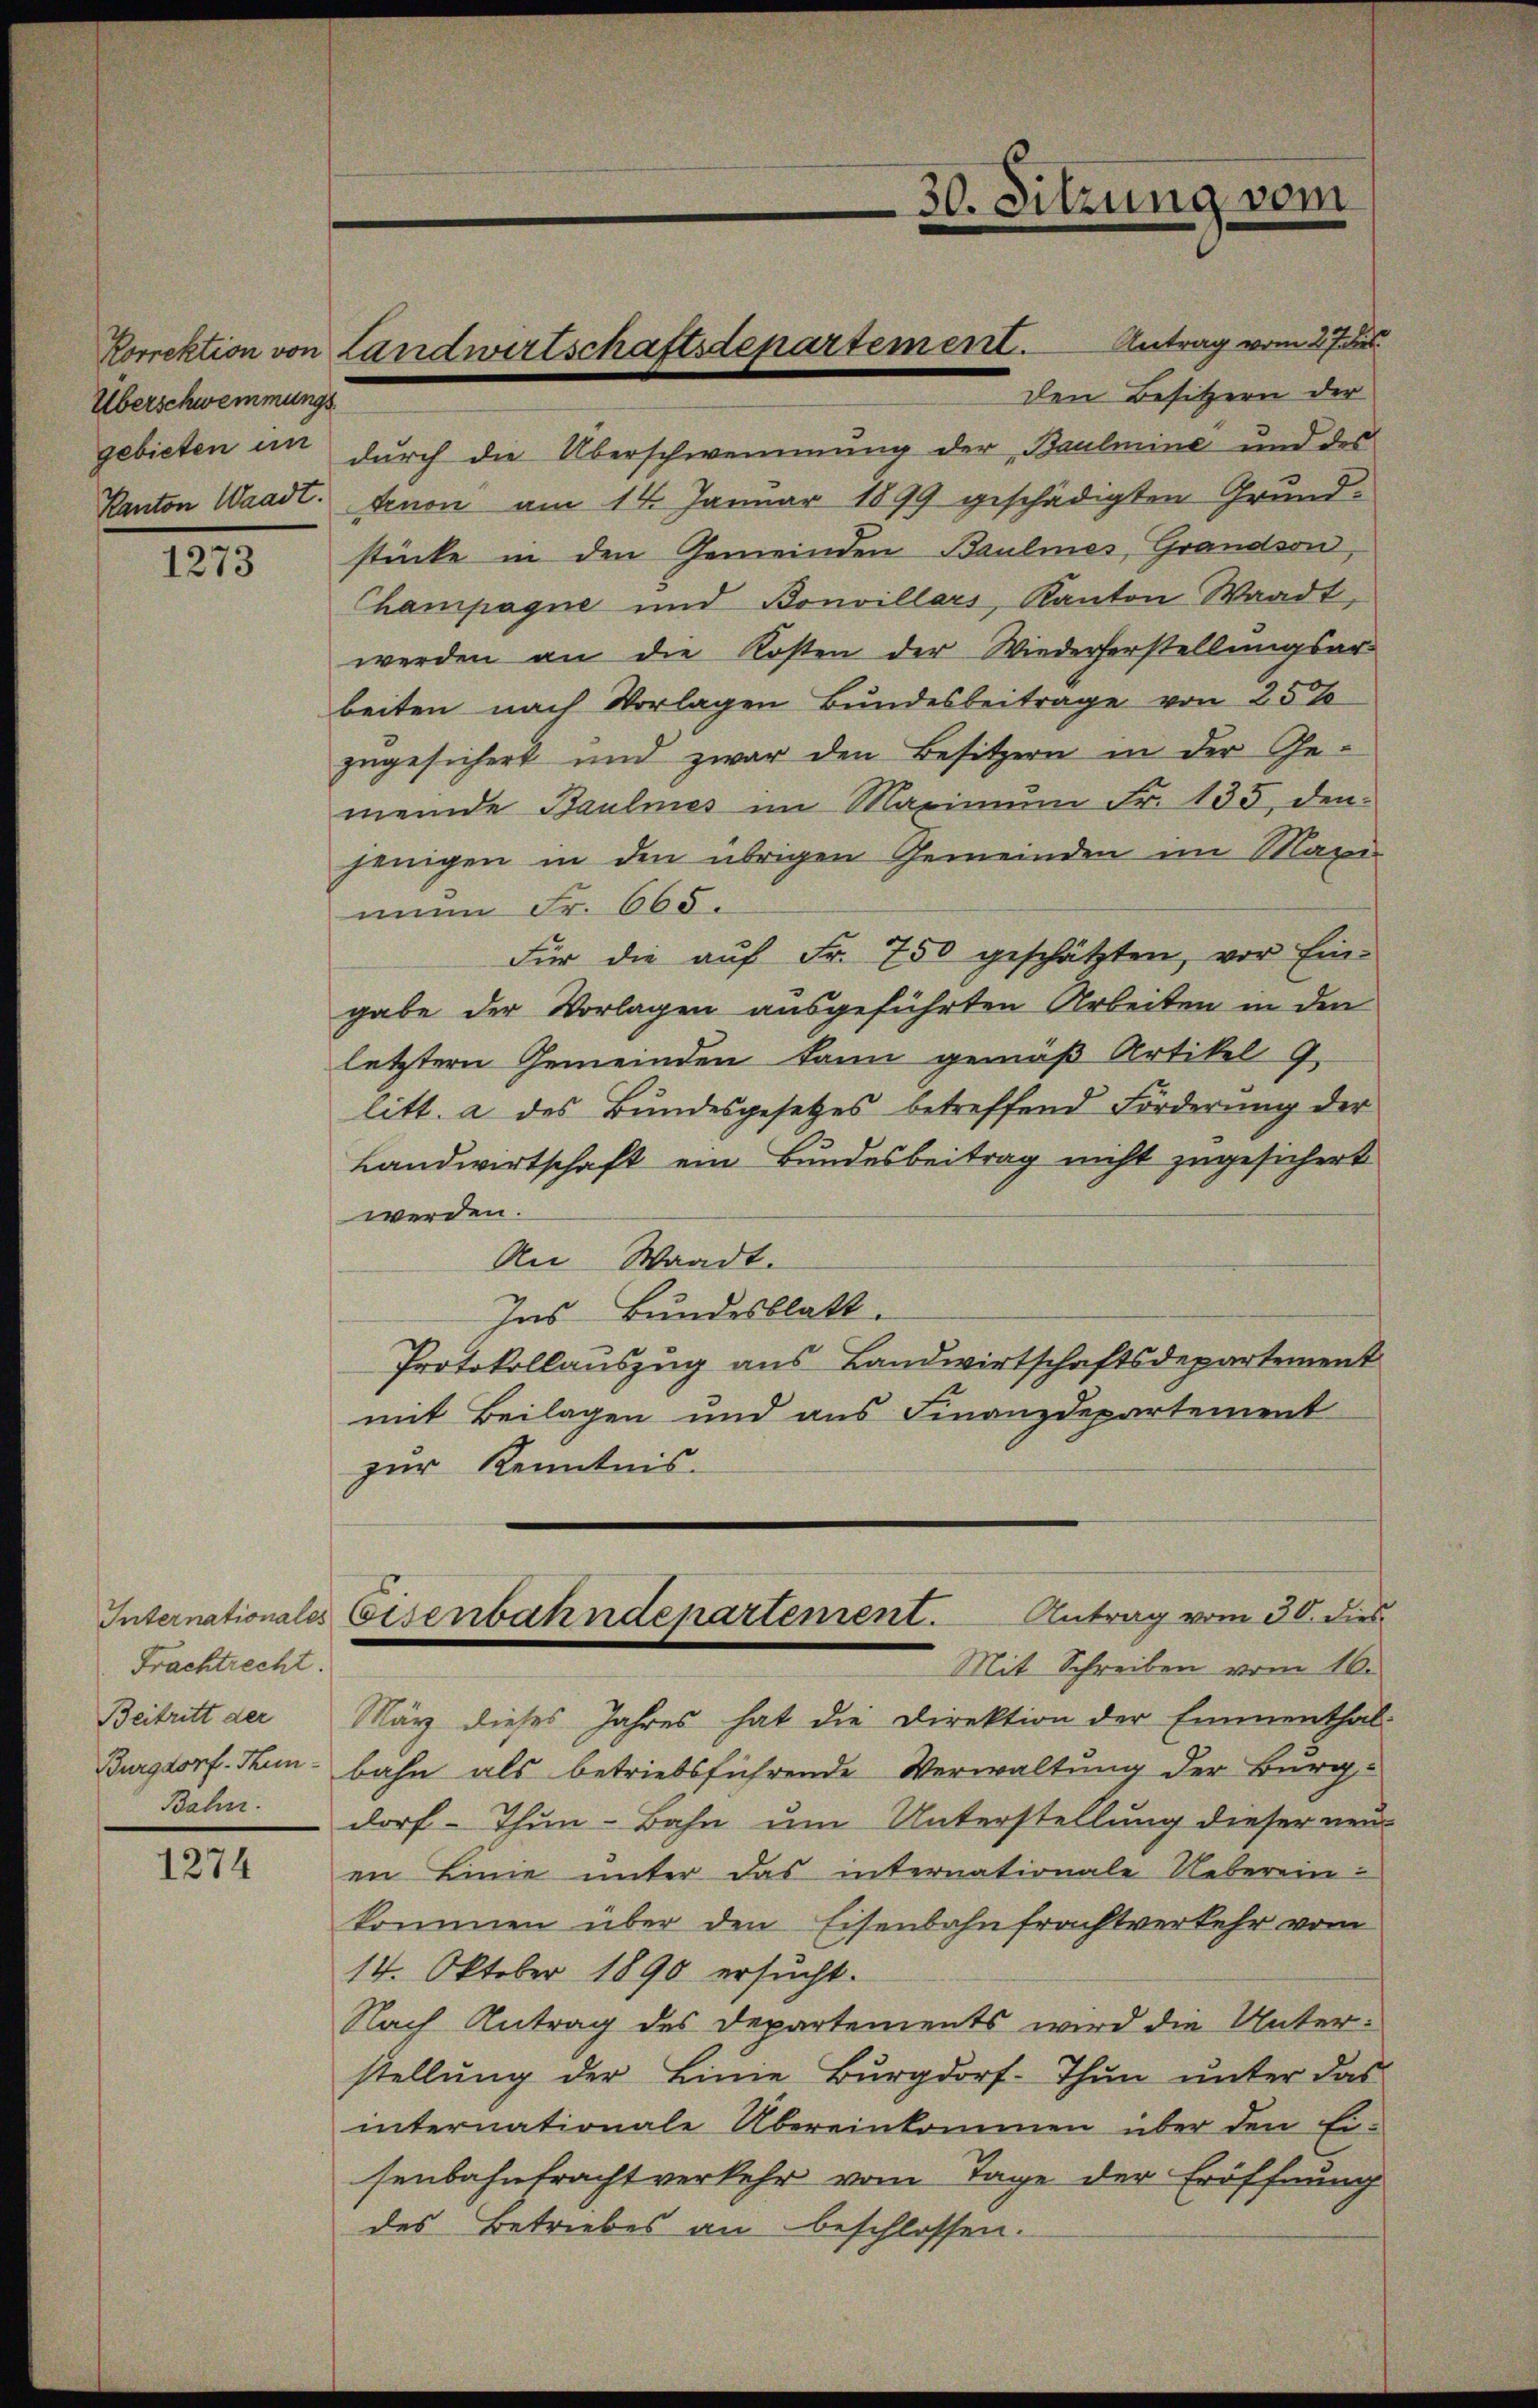
Überschwemmungs
Kanton Waadt.

1273

Internationales
Frachtrecht.
Beitritt der
Burgdorf. Thun
Bahn.

1274

Den Besitzern der
gebieten in durch die Überschwemmung der Baulmine und des
Anon am 14. Januar 1899 geschädigten Grundstücke in den Gemeinden Baulines, Grandson,
Champagne und Bonvillars, Kanton Waadt,
werden an die Kosten der Wiederherstellungsar
beiten nach Vorlagen Bundesbeitrage von 25%
zugesichert und zwar den Besitzern in der Gemeinde Baulmes im Maximŭm Fr. 135, den
jenigen in den übrigen Gemeinden im Maxi
num Fr. 665.
Für die aŭf Fr. 750 geschätzten, vor Ein-
gabe der Vorlagen ausgeführten Arbeiten in den
letztern Gemeinden kann gemäß Artikel 9.
litt. a des Bundesgesetzes betreffend Förderung der
Landwirtschaft ein Bundesbeitrag nicht zugesichert
werden.
An Waadt.
Ins Bundesblatt.
Protokollauszug aus Landwirtschaftsdepartement
mit Beilagen und aus Finanzdepartement
zur Kenntnis.

Korrektion von Landwirtschaftsdepartement. Antrag vom 27 des

März dieses Jahres hat die Direktion der Emmenthal
bahn als betriebsführende Verwaltung der Burgdorf - Thun-Bahn um Unterstellung dieser neu-
en Linie unter das internationale Ueberein-
kommen über den Eisenbahnfrachtverkehr vom
14. Oktober 1890 ersucht.
Nach Antrag des Departements wird die Unterstellung der Linie Burgdorf-Thun unter das
internationale Übereinkommen über den Ei-
senbahnfracht verkehr vom Tage der Eröffnung
des Betriebes an beschlossen.

30. Sitzung vom

Eisenbahndepartement. Antrag vom 30. dies
Mit Schreiben vom 10.